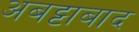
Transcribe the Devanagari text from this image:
अबट्टाबाद